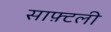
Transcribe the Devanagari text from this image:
साफ़्टली